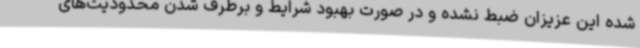
شده این عزیزان ضبط نشده و در صورت بهبود شرایط و برطرف شدن محدودیت‌های